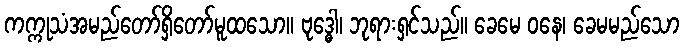
ကက္ကုသံအမည်တော်ရှိတော်မူထသော။ ဗုဒ္ဓေါ၊ ဘုရားရှင်သည်။ ခေမေ ဝနေ၊ ခေမမည်သော